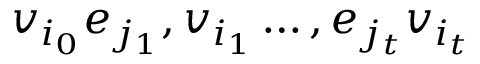
v _ { i _ { 0 } } e _ { j _ { 1 } } , v _ { i _ { 1 } } \dots , e _ { j _ { t } } v _ { i _ { t } }